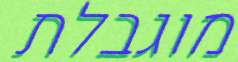
מוגבלת